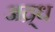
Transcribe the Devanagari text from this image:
अद्र्ध